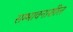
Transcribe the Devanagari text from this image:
सम्भावनाशील